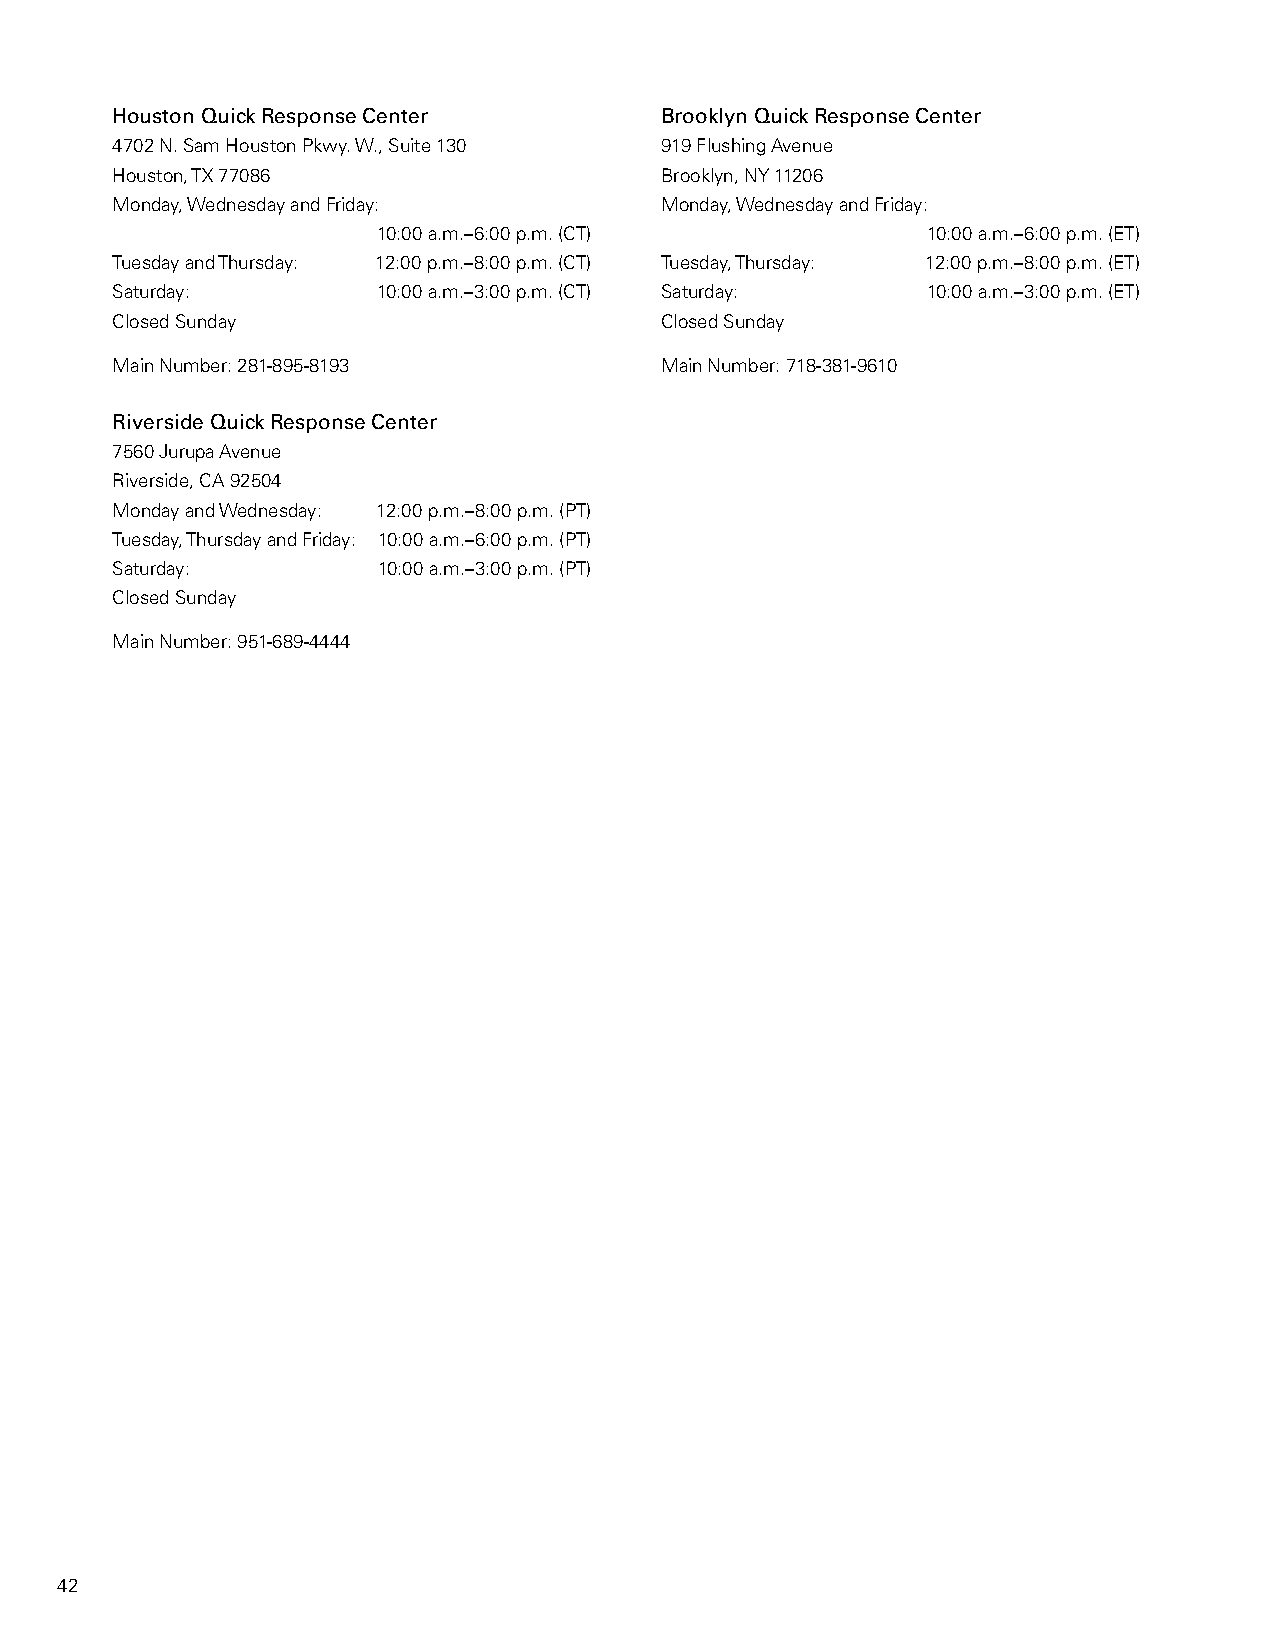
Houston Quick Response Center        Brooklyn Quick Response Center
 4702 N. Sam Houston Pkwy. W., Suite 130 919 Flushing Avenue
 Houston, TX 77086                    Brooklyn, NY 11206
 Monday, Wednesday and Friday:        Monday, Wednesday and Friday:
 10:00 a.m.–6:00 p.m. (CT)           10:00 a.m.–6:00 p.m. (ET)
 Tuesday and Thursday: 12:00 p.m.–8:00 p.m. (CT) Tuesday, Thursday: 12:00 p.m.–8:00 p.m. (ET)
 Saturday:         10:00 a.m.–3:00 p.m. (CT) Saturday: 10:00 a.m.–3:00 p.m. (ET)
 Closed Sunday                        Closed Sunday
 Main Number: 281-895-8193            Main Number: 718-381-9610
 Riverside Quick Response Center
 7560 Jurupa Avenue
 Riverside, CA 92504
 Monday and Wednesday: 12:00 p.m.–8:00 p.m. (PT)
 Tuesday, Thursday and Friday: 10:00 a.m.–6:00 p.m. (PT)
 Saturday:         10:00 a.m.–3:00 p.m. (PT)
 Closed Sunday
 Main Number: 951-689-4444
 42